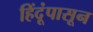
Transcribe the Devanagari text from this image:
हिंदूंपासून